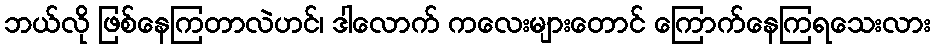
ဘယ်လို ဖြစ်နေကြတာလဲဟင်၊ ဒါလောက် ကလေးများတောင် ကြောက်နေကြရသေးလား